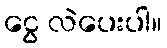
ငွေ လဲပေးပါ။